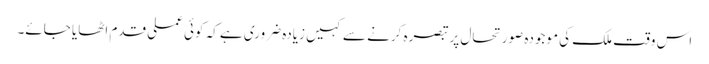
اس وقت ملک کی موجودہ صورتحال پر تبصرہ کرنے سے کہیں زیادہ ضروری ہے کہ کوئی عملی قدم اٹھایا جائے۔